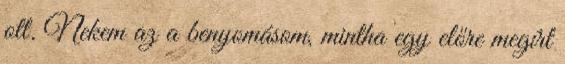
ott. Nekem az a benyomásom, mintha egy előre megírt